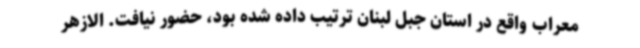
معراب واقع در استان جبل لبنان ترتیب داده شده بود، حضور نیافت. الازهر